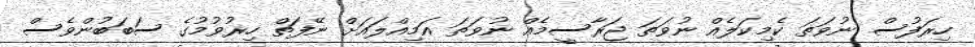
ހިރަފުސް ނުވަތަ ކެމިކަލެއް ނުވަތަ ޖަރާސީމެއް ނުވަތަ އަމިއްލައަށް ނޭފަތް ހިރުވުމުގެ ސަބަބުންވެސް